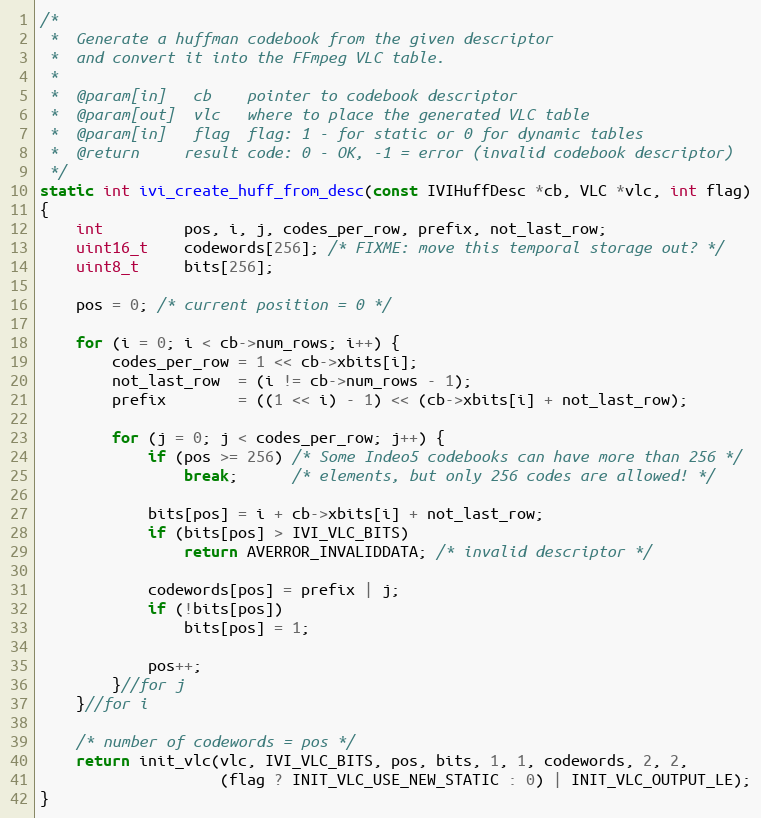
Language: C
/*
 *  Generate a huffman codebook from the given descriptor
 *  and convert it into the FFmpeg VLC table.
 *
 *  @param[in]   cb    pointer to codebook descriptor
 *  @param[out]  vlc   where to place the generated VLC table
 *  @param[in]   flag  flag: 1 - for static or 0 for dynamic tables
 *  @return     result code: 0 - OK, -1 = error (invalid codebook descriptor)
 */
static int ivi_create_huff_from_desc(const IVIHuffDesc *cb, VLC *vlc, int flag)
{
    int         pos, i, j, codes_per_row, prefix, not_last_row;
    uint16_t    codewords[256]; /* FIXME: move this temporal storage out? */
    uint8_t     bits[256];

    pos = 0; /* current position = 0 */

    for (i = 0; i < cb->num_rows; i++) {
        codes_per_row = 1 << cb->xbits[i];
        not_last_row  = (i != cb->num_rows - 1);
        prefix        = ((1 << i) - 1) << (cb->xbits[i] + not_last_row);

        for (j = 0; j < codes_per_row; j++) {
            if (pos >= 256) /* Some Indeo5 codebooks can have more than 256 */
                break;      /* elements, but only 256 codes are allowed! */

            bits[pos] = i + cb->xbits[i] + not_last_row;
            if (bits[pos] > IVI_VLC_BITS)
                return AVERROR_INVALIDDATA; /* invalid descriptor */

            codewords[pos] = prefix | j;
            if (!bits[pos])
                bits[pos] = 1;

            pos++;
        }//for j
    }//for i

    /* number of codewords = pos */
    return init_vlc(vlc, IVI_VLC_BITS, pos, bits, 1, 1, codewords, 2, 2,
                    (flag ? INIT_VLC_USE_NEW_STATIC : 0) | INIT_VLC_OUTPUT_LE);
}